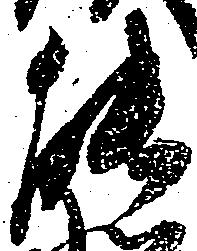
能